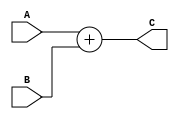


module ADD(
  input wire signed [31:0] A,
  input wire signed [31:0] B,
  output wire signed [31:0] C
  );


assign  C = A + B;

endmodule